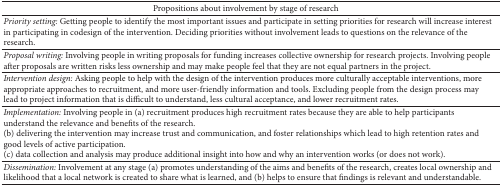
<table><thead><tr><td><b> Propositions about involvement by stage of research</b></td></tr></thead><tbody><tr><td><i>Priority setting: </i>Getting people to identify the most important issues and participate in setting priorities for research will increase interest in participating in codesign of the intervention. Deciding priorities without involvement leads to questions on the relevance of the research.</td></tr><tr><td><i>Proposal writing: </i>Involving people in writing proposals for funding increases collective ownership for research projects. Involving people after proposals are written risks less ownership and may make people feel that they are not equal partners in the project.</td></tr><tr><td><i>Intervention design: </i>Asking people to help with the design of the intervention produces more culturally acceptable interventions, more appropriate approaches to recruitment, and more user-friendly information and tools. Excluding people from the design process may lead to project information that is difficult to understand, less cultural acceptance, and lower recruitment rates.</td></tr><tr><td><i>Implementation:</i> Involving people in (a) recruitment produces high recruitment rates because they are able to help participants understand the relevance and benefits of the research. (b) delivering the intervention may increase trust and communication, and foster relationships which lead to high retention rates and good levels of active participation.(c) data collection and analysis may produce additional insight into how and why an intervention works (or does not work).</td></tr><tr><td><i>Dissemination:</i> Involvement at any stage (a) promotes understanding of the aims and benefits of the research, creates local ownership and likelihood that a local network is created to share what is learned, and (b) helps to ensure that findings is relevant and understandable.</td></tr></tbody></table>